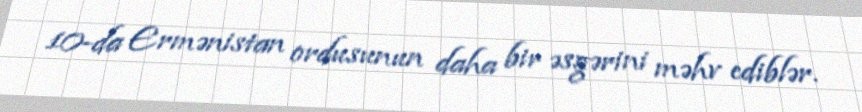
10-da Ermənistan ordusunun daha bir əsgərini məhv ediblər.